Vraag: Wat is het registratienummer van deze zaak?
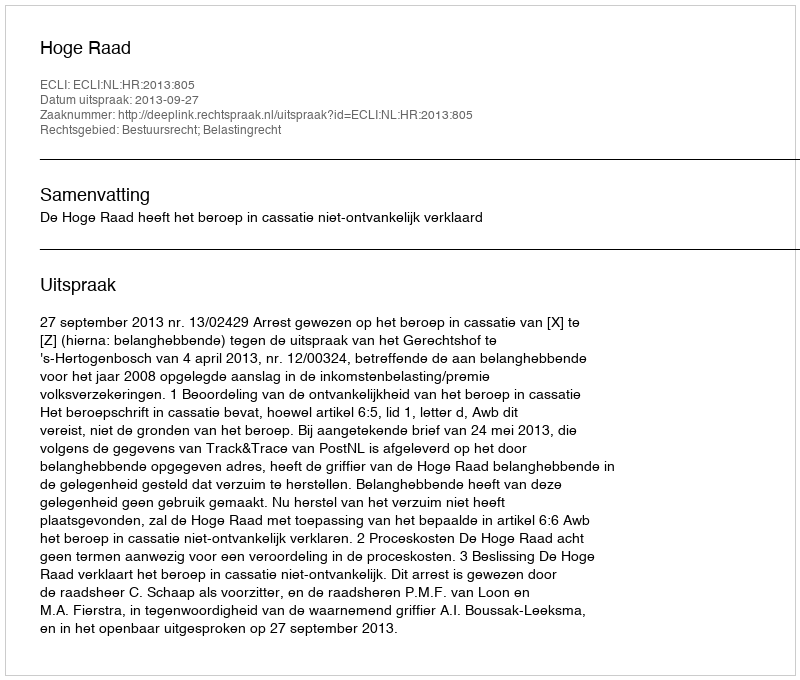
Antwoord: http://deeplink.rechtspraak.nl/uitspraak?id=ECLI:NL:HR:2013:805